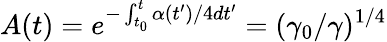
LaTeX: A(t)=e^{-\int_{t_{0}}^{t}\alpha(t^{\prime})/4dt^{\prime}}=(\gamma_{0}/\gamma)^{1/4}